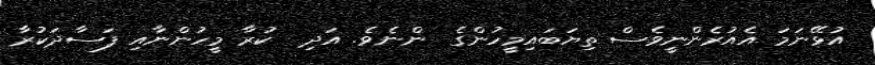
އުޅޭނަމަ އެއުރެންނީވެސް ތިޔަބައިމީހުންގެ  ންނެވެ. އަދި  ކުރާ މީހުންނާއި ފަސާދަކުރާ